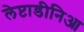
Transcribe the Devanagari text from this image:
लेप्टाडीनिआ